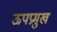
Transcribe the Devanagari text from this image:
ऊपप्रमुख